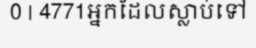
0 | 4771អ្នកដែលស្លាប់ទៅ